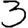
Digit: 3